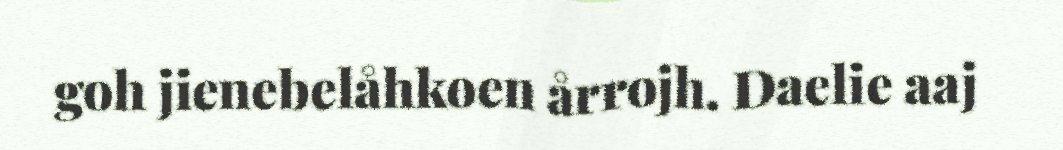
goh jienebelåhkoen årrojh. Daelie aaj